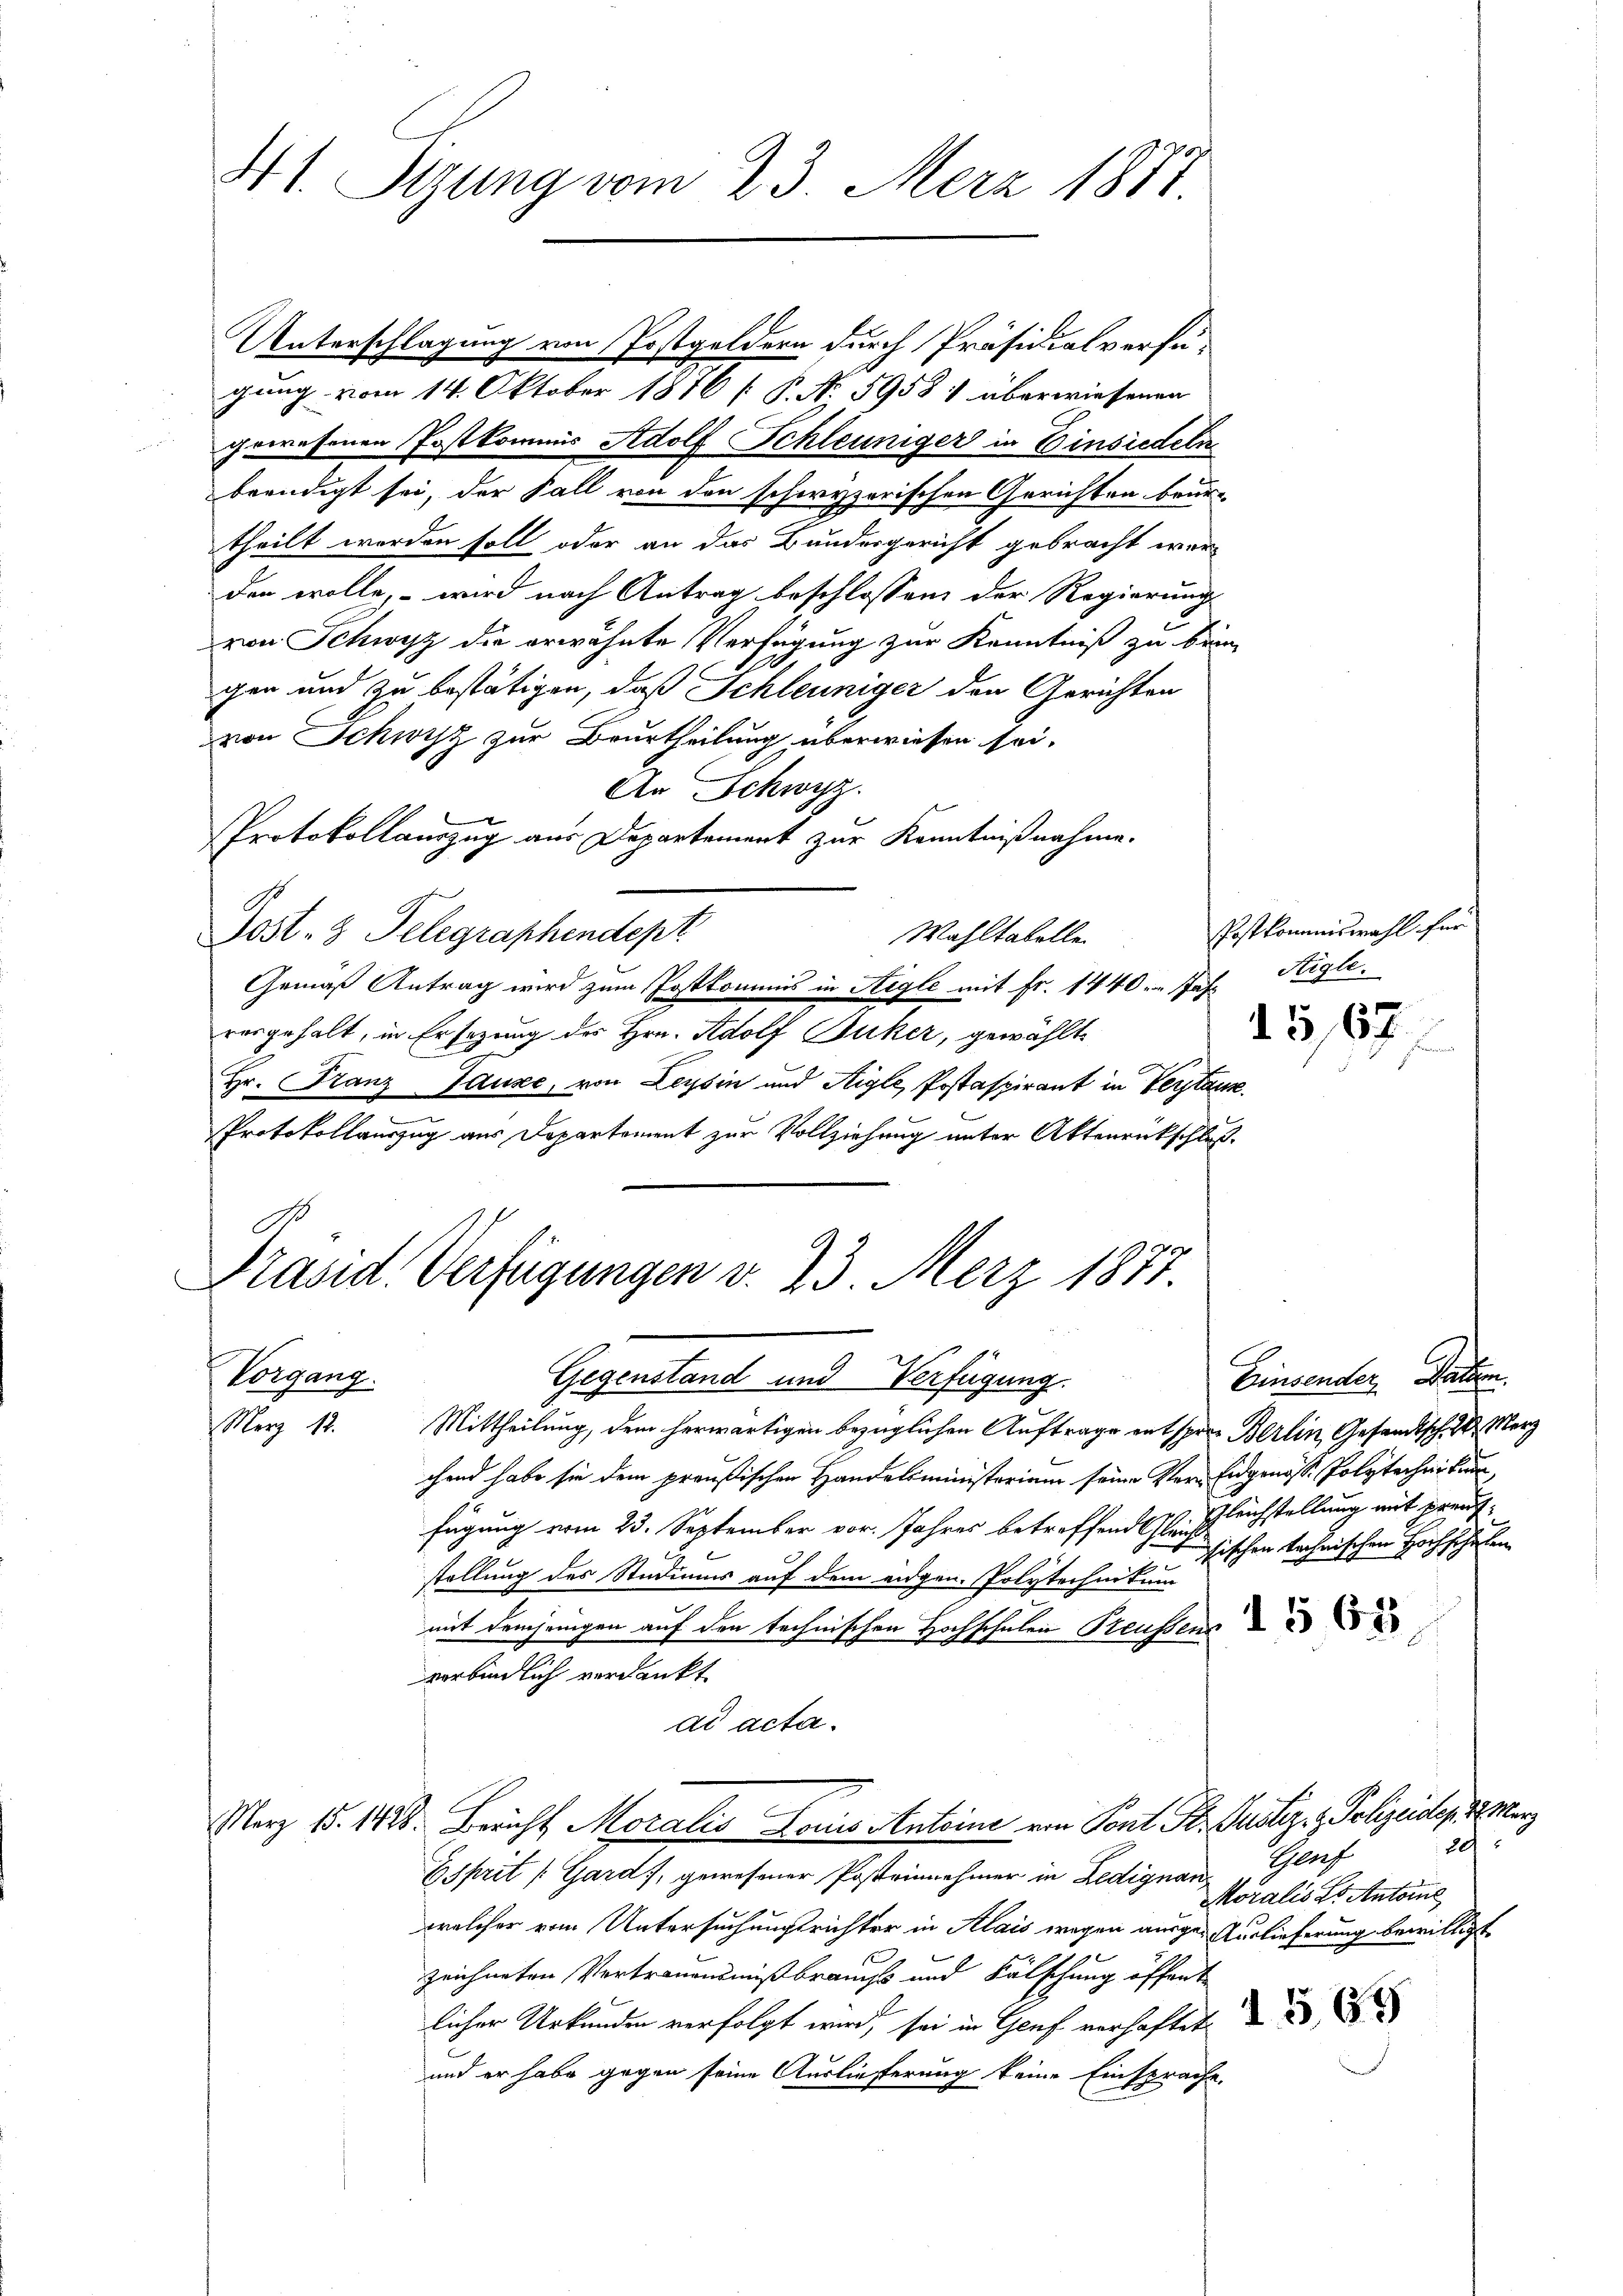
4t. Sizung vom 23. Merz 1887.

gewesenen Postkommis Adolf Schleuniger in Einsiedeln
beendigt sei, der Fall von den schwyzerischen Gerichten beur-
theilt worden soll oder an das Bundesgericht gebracht werden wolle, – wird nach Antrag beschlossen der Regierung
von Schwyz die erwähnte Verfügung zur Kenntniß zu beim
gen und zu bestätigen, daß Schleuniger den Gerichten
von Schwyz zur Beurtheilung überwiesen sei.
An Schwyz
Protokollauszug aus Departement zur Kenntnißnahme.
Post 3 Telegraphendept
Wahltabelle
Gemäß Antrag wird zum Postkommis in Stigle mit Fr. 1440. Jahr
vergehalt, in Ersezung des Hrn. Adolf Juker, gewählt
Hr. Franz Pause, von Leysin und Aigle, Postaspirant in Verstanz
e
Protokollauszug aus Departement zur Vollziehung unter Aktenrückschluß¬
E
Präsid. Verfügungen v. 23. Merz 1877

Vorgang.
Gegenstand und Verfügung.

Unterschlagung von Postgeldern durch Präsidialverfügung vom 14. Oktober 1876 [P. No 5958) überwiesenen

Merz 12.

Postkommiswahl für
Aigle.

15,67

Mittheilung, dem herwärtigen bezüglichen Auftrage entsprene Berlin, Gesandtsch. Merz
chend habe sie dem preußischen Handelsministerium seine Ver- Eidgenosse Polytechnikum,
fügung vom 23. September vor. Jahres betreffend Ehe gleichstellung mit preufstellung des Studiums auf dem eidgen. Polytechnikum

mit demjenigen auf den technischen Hochschulen Preussen
verbindlich verdankt
dd acta.
März 18. 1128. Bericht Moralis Doris Antoine von Pont St. Justiz- & Polizeides 18. März
20
Esprit [Gard), gewesener Posteinnehmer in Ledignan- Genf
Moralis es Antone
welcher vom Untersuchungsrichter in Klais wegen ausge-Auslieferung bewilligt
zeichneten Vertrauensmißbrauchs und Fälschung öffent
licher Urkunden verfolgt wird, sei in Genf verhaftet
und er habe gegen seine Auslieferung keine Einsprache.

Einsender Gatten.
sischen technischen Hochschehen